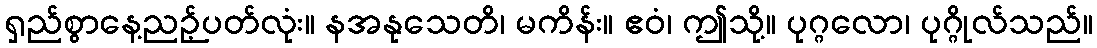
ရှည်စွာနေ့ညဉ့်ပတ်လုံး။ နအနုသေတိ၊ မကိန်း။ ဧဝံ၊ ဤသို့။ ပုဂ္ဂလော၊ ပုဂ္ဂိုလ်သည်။